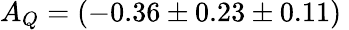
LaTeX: A_{Q}=(-0.36\pm 0.23\pm 0.11)\